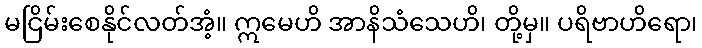
မငြိမ်းစေနိုင်လတ်အံ့။ ဣမေဟိ အာနိသံသေဟိ၊ တို့မှ။ ပရိဗာဟိရော၊